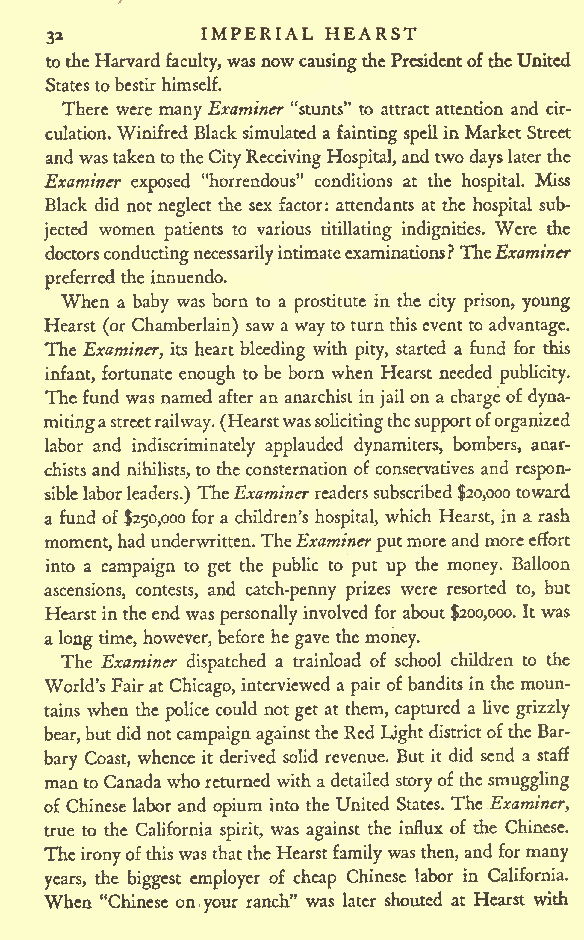
IMPERIAL HEARST
 32
 totheHarvard faculty,wasnow causingthePresidentoftheUnited
 Statestobestirhimself.
 There were many Examiner "stunts" to attract attention and cir-
 culation.Winifred Blacksimulated a faintingspellinMarket Street
 andwastakentotheCityReceivingHospital,andtwo dayslaterthe
 Examiner exposed "horrendous" conditions at the hospital. Miss
 Black did not neglect the sex factor: attendants at the hospital sub-
 jected women patients to various titillating indignities. Were the
 doctorsconductingnecessarilyintimateexaminations?TheExaminer
 preferredthe innuendo.
 When a baby was born to a prostitute in the city prison, young
 Hearst (or Chamberlain) sawaway to turnthiseventto advantage.
 The Examiner, its heart bleeding with pity, started a fund for this
 infant, fortunate enough to be born when Hearst needed publicity.
 Thefund was named after an anarchist in jailon a chargeof dyna-
 mitingastreetrailway.(Hearstwas solicitingthesupportoforganized
 labor and indiscriminately applauded dynamiters, bombers, anar-
 chists and nihilists,to theconsternation of conservatives and respon-
 siblelaborleaders.) TheExaminerreaderssubscribed$20,000toward
 a fund of $250,000 for a children's hospital, which Hearst, in a rash
 moment,hadunderwritten.TheExaminer putmoreandmoreeffort
 into a campaign to get the public to put up the money. Balloon
 ascensions, contests, and catch-penny prizes were resorted to, but
 Hearstintheend was personallyinvolved forabout $200,000. It was
 alongtime, however, before hegave themoney.
 The Examiner dispatched a trainload of school children to the
 World'sFairat Chicago, interviewed a pair of bandits in the moun-
 tains when the police could not get at them, captured a live grizzly
 bear,butdidnotcampaignagainsttheRed Lightdistrictofthe Bar-
 bary Coast, whence it derived solid revenue. But it did send a staff
 manto Canadawhoreturned with adetailed storyofthesmuggling
 of Chinese labor and opium into the United States. The Examiner,
 true to the California spirit, was against the influx of the Chinese.
 The ironyofthiswas thattheHearstfamilywasthen,andformany
 years, the biggest employer of cheap Chinese labor in California.
 When "Chinese on,your ranch" was later shouted at Hearst with